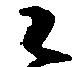
候